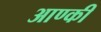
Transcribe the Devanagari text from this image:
आण्की